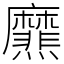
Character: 爢